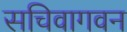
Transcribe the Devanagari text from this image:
सचिवागवन